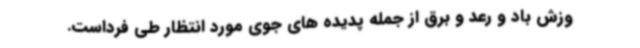
وزش باد و رعد و برق از جمله پدیده های جوی مورد انتظار طی فرداست.